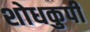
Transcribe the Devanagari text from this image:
शोधकुपी